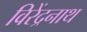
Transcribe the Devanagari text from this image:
विरेंद्रनाथ